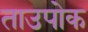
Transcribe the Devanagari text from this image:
ताउपोक